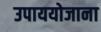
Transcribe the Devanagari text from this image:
उपाययोजाना